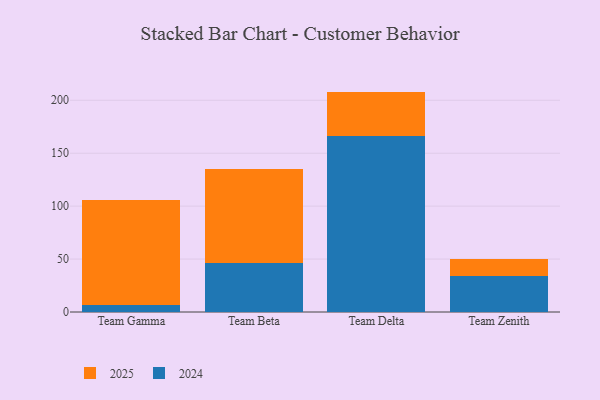
{"axis": {"x": "Team", "y": "LTV (USD)"}, "legend": ["2024", "2025"], "data": [{"x": "Team Gamma", "y": 6.4, "type": "2024"}, {"x": "Team Gamma", "y": 99.7, "type": "2025"}, {"x": "Team Beta", "y": 46.5, "type": "2024"}, {"x": "Team Beta", "y": 88.8, "type": "2025"}, {"x": "Team Delta", "y": 166.6, "type": "2024"}, {"x": "Team Delta", "y": 41.6, "type": "2025"}, {"x": "Team Zenith", "y": 33.8, "type": "2024"}, {"x": "Team Zenith", "y": 16.0, "type": "2025"}]}